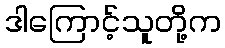
ဒါကြောင့်သူတို့က